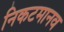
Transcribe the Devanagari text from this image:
निकटमानव